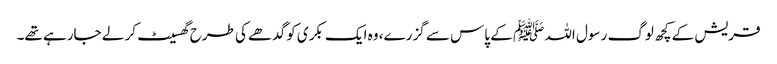
قریش کے کچھ لوگ رسول اللہ ﷺ کے پاس سے گزرے، وہ ایک بکری کو گدھے کی طرح گھسیٹ کر لے جارہے تھے۔